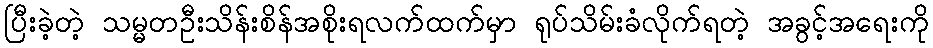
ပြီးခဲ့တဲ့ သမ္မတဦးသိန်းစိန်အစိုးရလက်ထက်မှာ ရုပ်သိမ်းခံလိုက်ရတဲ့ အခွင့်အရေးကို